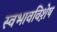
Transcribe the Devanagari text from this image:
स्वभावविशे़ष